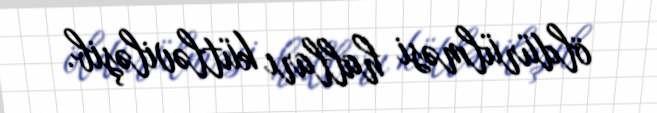
öldürülməsi halları kütləviləşib.